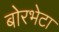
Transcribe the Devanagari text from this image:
बोरभेटा